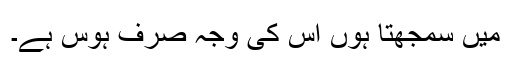
میں سمجھتا ہوں اس کی وجہ صرف ہوس ہے۔